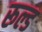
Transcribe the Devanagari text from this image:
रूल्ड